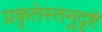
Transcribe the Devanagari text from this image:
प्रकृतेस्तनुदृष्टे